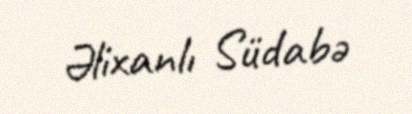
Əlixanlı Südabə